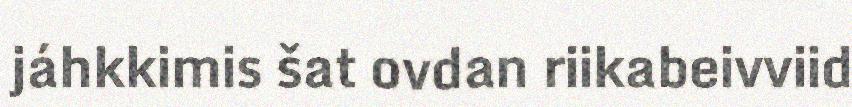
jáhkkimis šat ovdan riikabeivviid